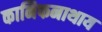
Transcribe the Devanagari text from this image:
कानिफनाथाय